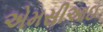
એમસીઆઇ